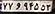
۷۷و۹۴۵۵۳